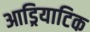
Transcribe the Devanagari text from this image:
आड्रियाटिक